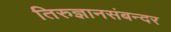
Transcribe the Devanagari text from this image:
तिरुज्ञानसंबन्दर